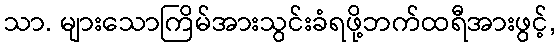
သာ. များသောကြိမ်အားသွင်းခံရဖို့ဘက်ထရီအားဖွင့်,